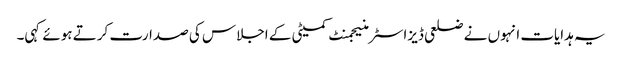
یہ ہدایات انہوں نے ضلعی ڈیزاسٹر منیجمنٹ کمیٹی کے اجلاس کی صدارت کرتے ہوئے کہی۔